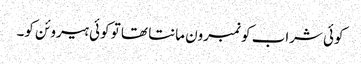
کوئی شراب کو نمبرون مانتا تھا تو کوئی ہیروئن کو۔